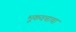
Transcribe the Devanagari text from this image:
भूकवचाचा